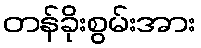
တန်ခိုးစွမ်းအား